Trukikaitis_Postimees, lk 18
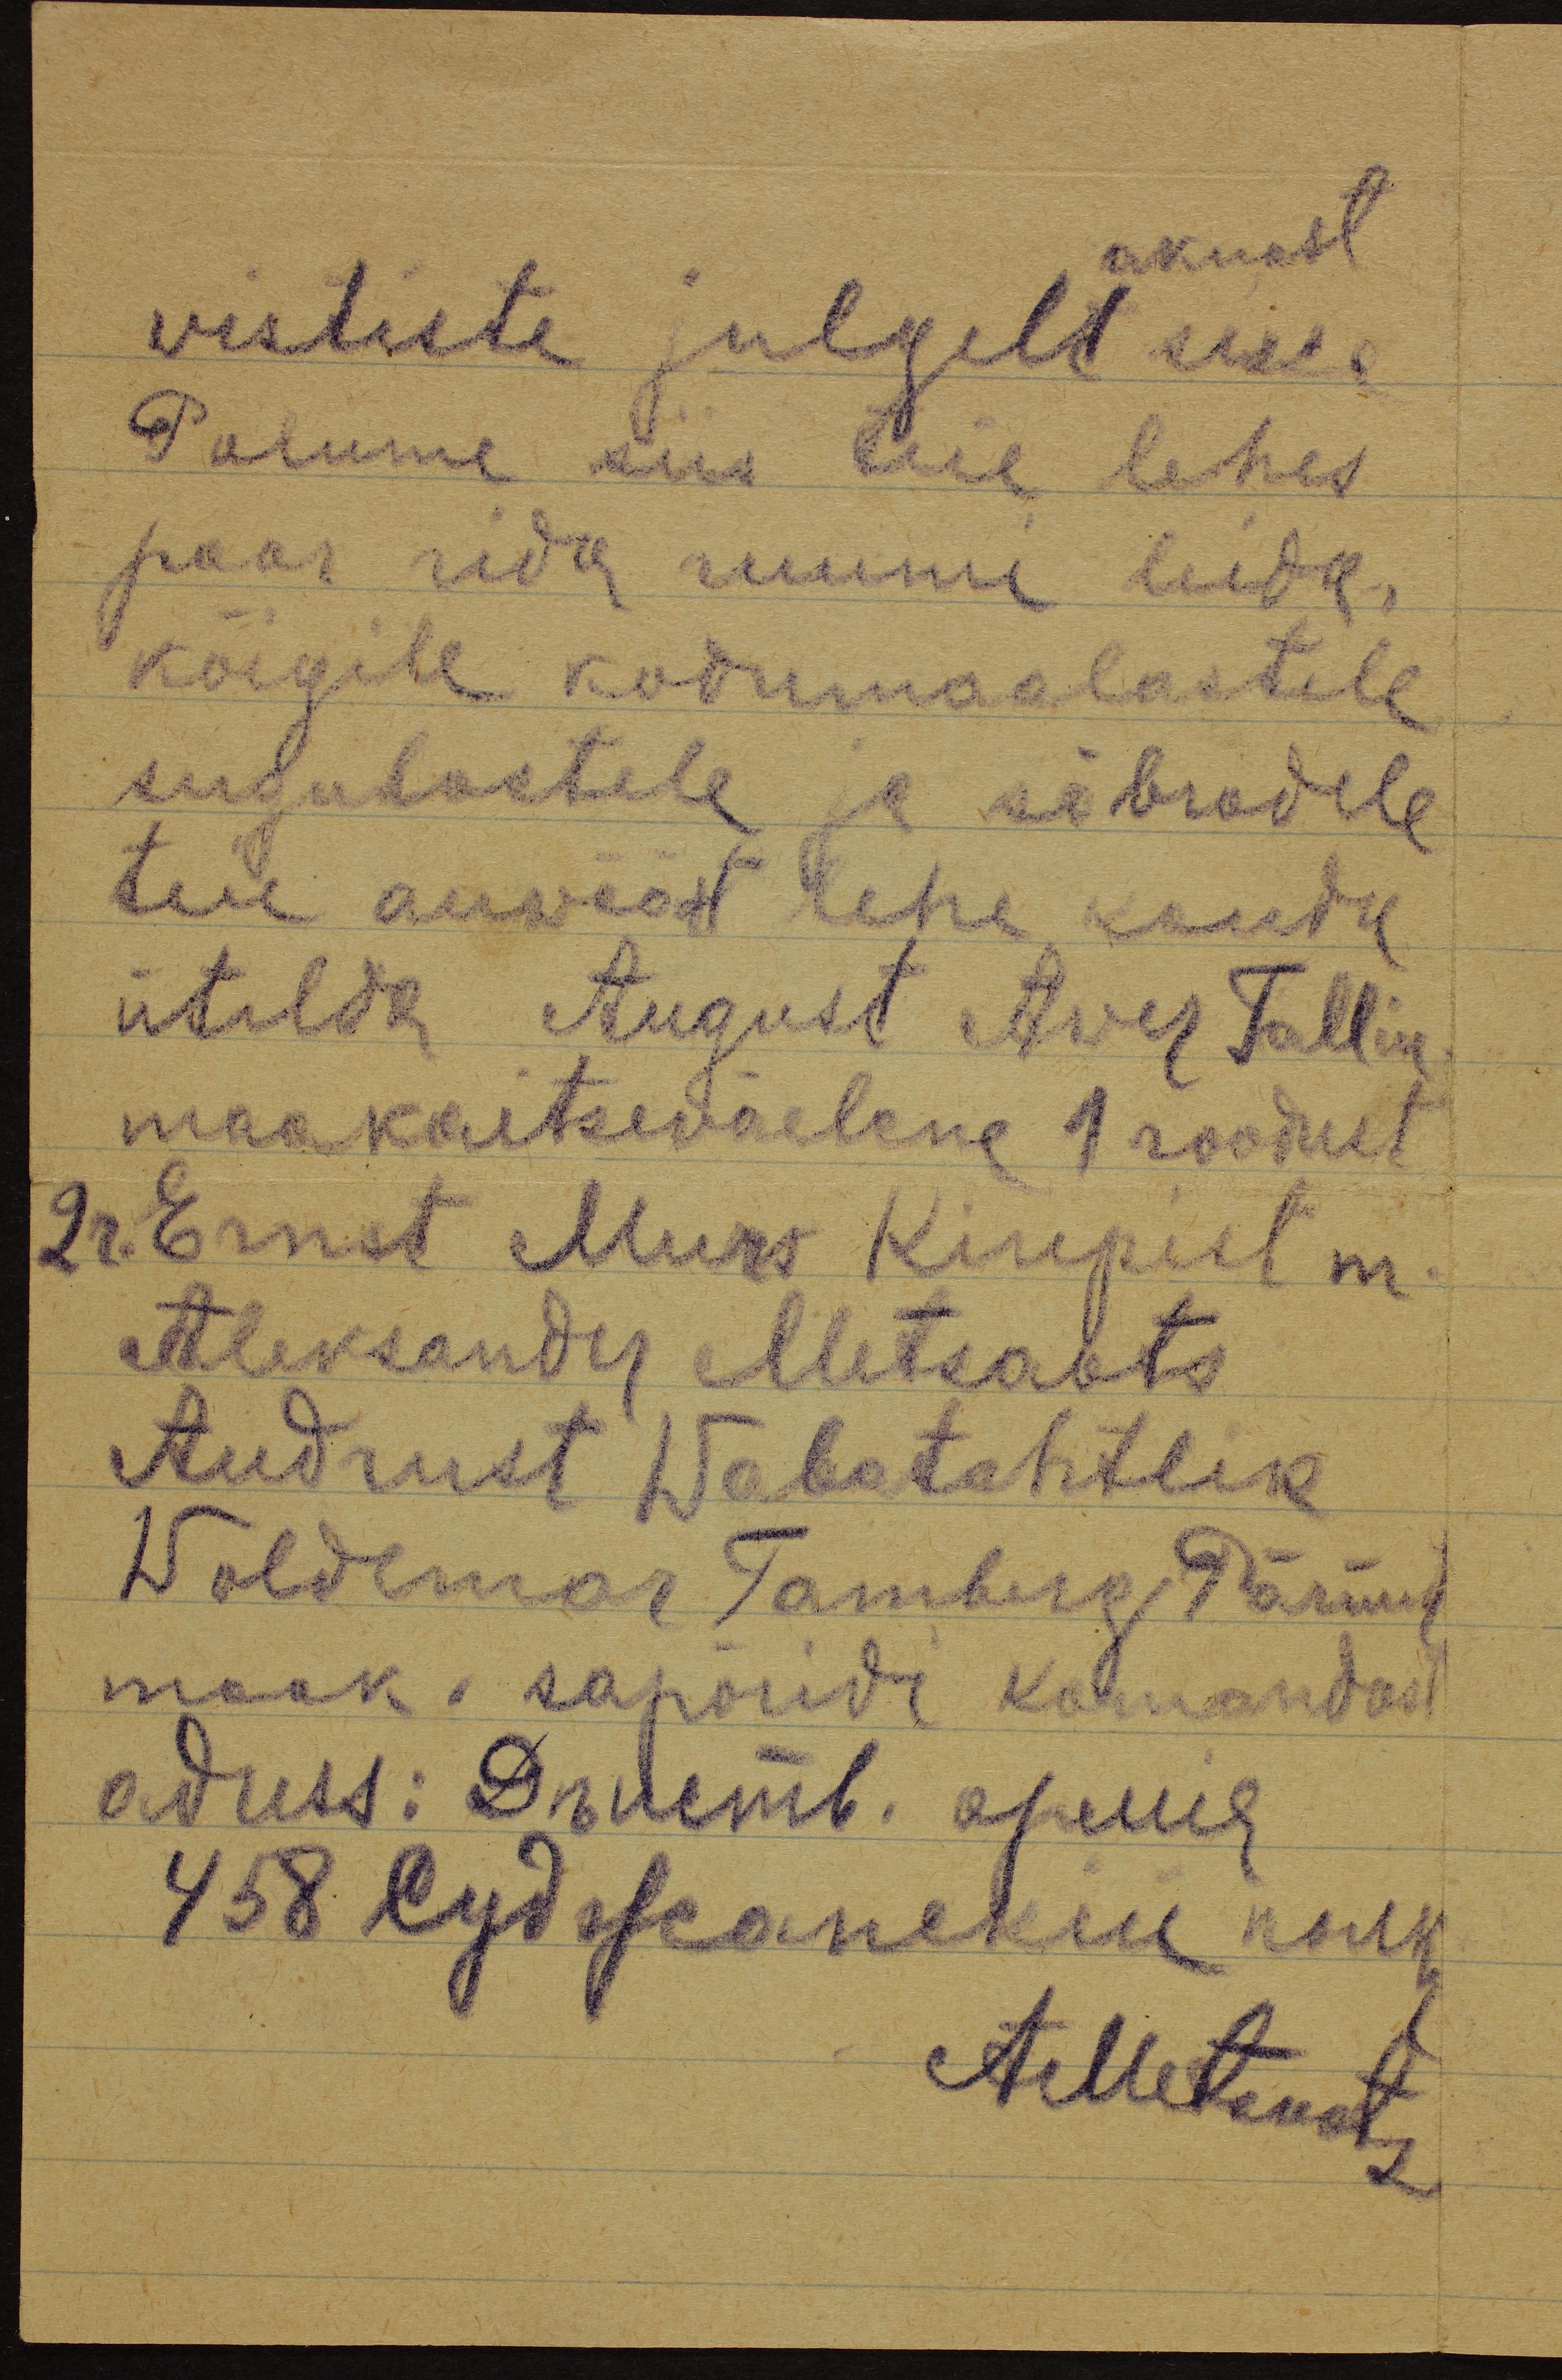
aknast
wististe julgelt sisse
Palume siis teie lehes
paar rida ruumi leida.
kõigile kodumaalastele
sugulastele ja sõbradele
teie auwäärt lehe kaudu
ütelda August Awer Tallin
maakaitseväelane 1 roodut
2r. Ernst Murs Kirepiel m.
Aleksander Metsaots
Audrust Wabatahtlik
Woldemar Tamberg Pärnu-
maak. sapõridi komandost
adress: Druemb. apuul
Aedetenat